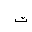
Letter: _ta